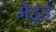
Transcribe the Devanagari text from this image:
मेंहुई